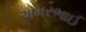
અમરભાઈ